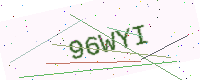
Text: 96WYI